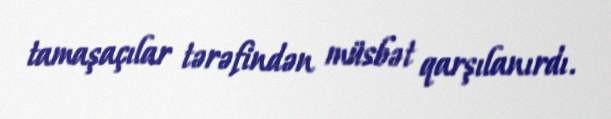
tamaşaçılar tərəfindən müsbət qarşılanırdı.